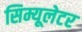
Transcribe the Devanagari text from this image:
सिम्यूलेटर